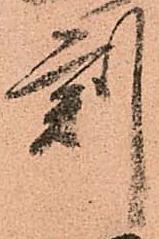
刻